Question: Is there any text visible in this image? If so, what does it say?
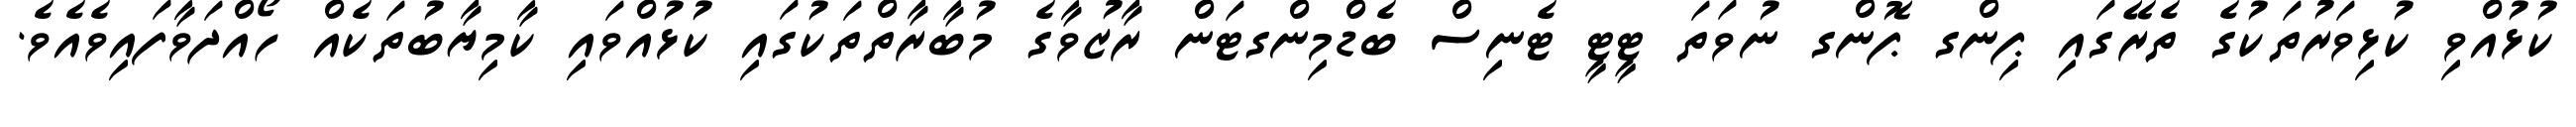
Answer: ކުޅުއްވި ކުޅިވަރުތަކުގެ ތެރޭގައި ޕިންގ ޕޮންގ ނުވަތަ ޓީޓީ ޓެނިސް ބެޑްމިންގޓަން ރާޒުވާގެ މުބާރާތްތަކުގައި ކުޅުއްވައި ކާމިޔާބުތަކެއް ހޯއްދަވާފައިވެއެވެ.